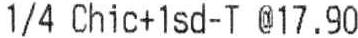
1/4 CHIC+ 1SD-T @ 17.90